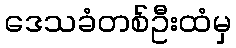
ဒေသခံတစ်ဦးထံမှ